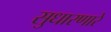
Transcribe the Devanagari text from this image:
सुधारणारे